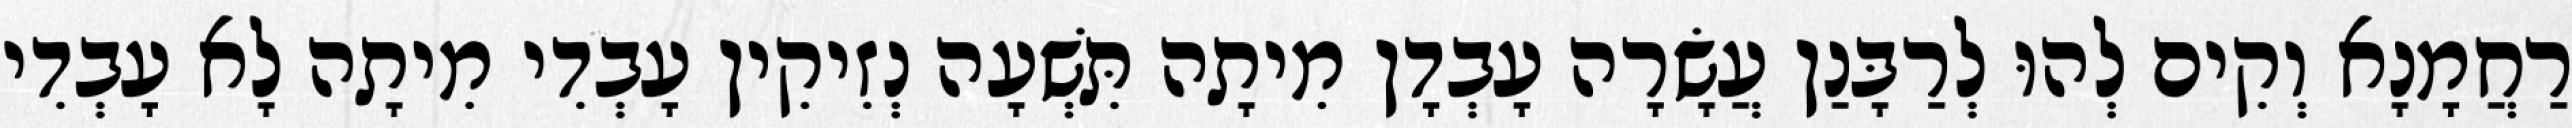
רַחֲמָנָא וְקִים לְהוּ לְרַבָּנַן עֲשָׂרָה עָבְדָן מִיתָה תִּשְׁעָה נְזִיקִין עָבְדִי מִיתָה לָא עָבְדִי